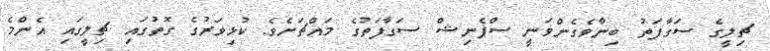
ޗިލީގެ ސަގާފަތު ބިނާވެގެންވަނީ ސްޕެނިޝް ސަގާފަތުގެ މައްޗަށެވެ. ކުޅިވަރުގެ ގޮތުގައި ޗިލީގައި އެންމެ